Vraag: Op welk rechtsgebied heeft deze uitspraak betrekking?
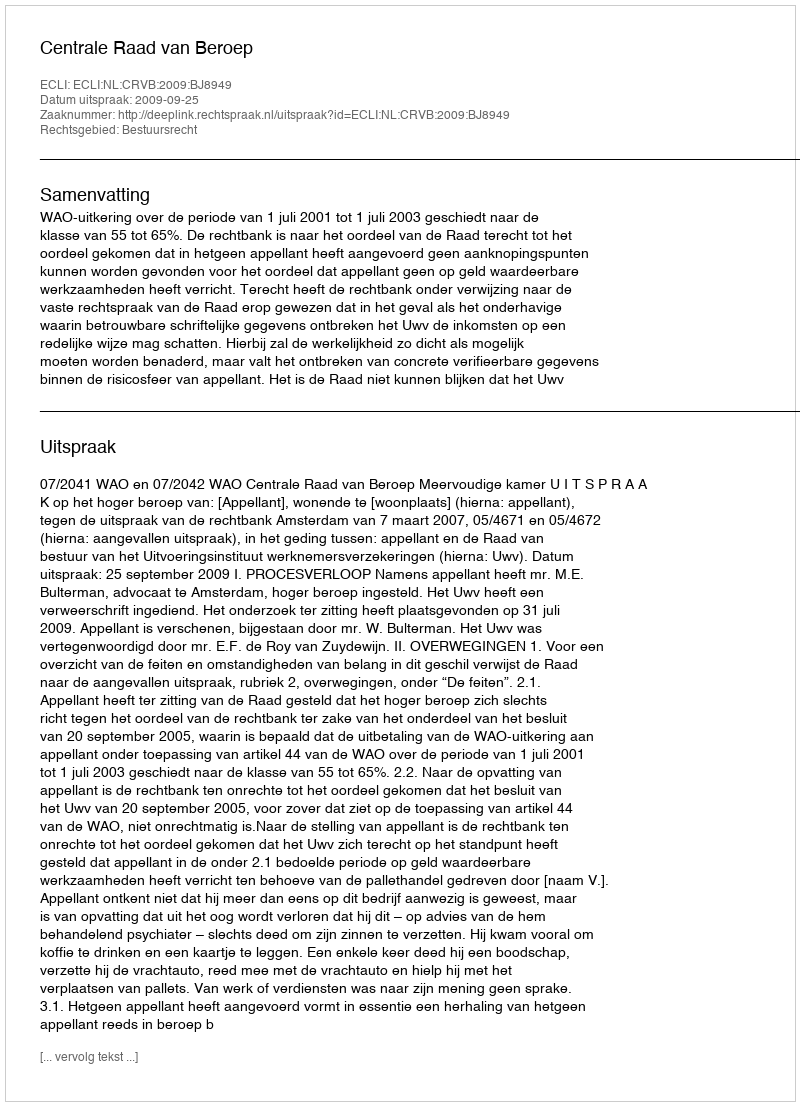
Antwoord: Bestuursrecht